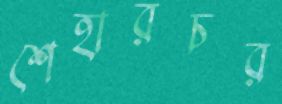
শেহারচর